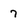
Character: 7